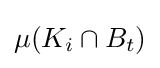
\mu (K_{i}\cap B_{t})